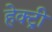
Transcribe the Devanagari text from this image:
हेक्ट्री